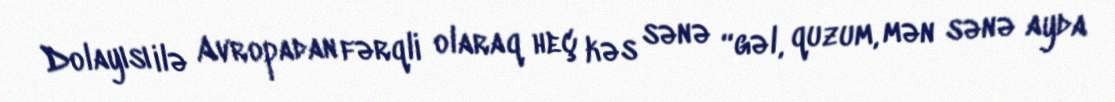
Dolayısı ilə Avropadan fərqli olaraq heç kəs sənə “gəl, quzum, mən sənə ayda